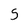
Character: S